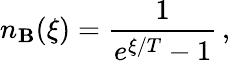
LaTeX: n_{\mathbf{B}}(\xi)=\frac{{1}}{{e^{\xi/T}-1}}\, ,